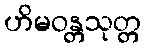
ဟိမဝန္တသုတ္တ